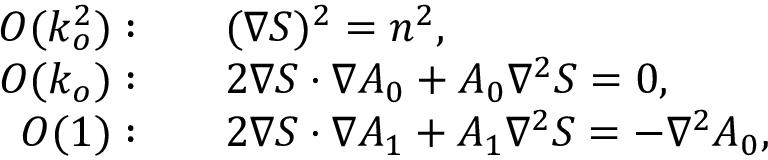
{ \begin{array} { r l } { O ( k _ { o } ^ { 2 } ) : } & { \quad ( \nabla S ) ^ { 2 } = n ^ { 2 } , } \\ { O ( k _ { o } ) : } & { \quad 2 \nabla S \cdot \nabla A _ { 0 } + A _ { 0 } \nabla ^ { 2 } S = 0 , } \\ { O ( 1 ) : } & { \quad 2 \nabla S \cdot \nabla A _ { 1 } + A _ { 1 } \nabla ^ { 2 } S = - \nabla ^ { 2 } A _ { 0 } , } \end{array} }